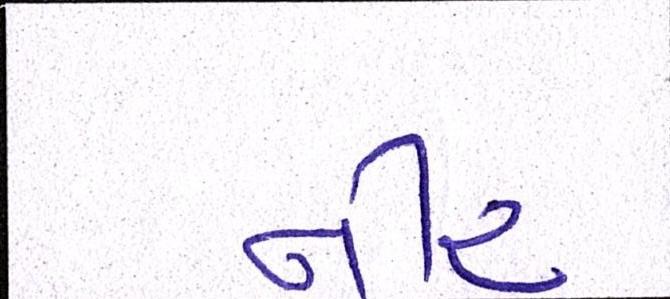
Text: નીર